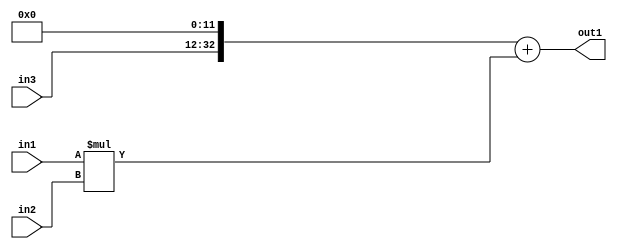
`timescale 1ps / 1ps
/*****************************************************************************
    Verilog RTL Description
    
    
    Created by: Stratus DpOpt 21.05.01 
*******************************************************************************/

module SobelFilter_Add2Mul2u24u24CatiLLu21_4 (
	in3,
	in2,
	in1,
	out1
	); /* architecture "behavioural" */ 
input [20:0] in3;
input [23:0] in2,
	in1;
output [32:0] out1;
wire [32:0] asc001,
	asc002;

assign asc002 = {in3,12'B000000000000};

wire [32:0] asc001_tmp_0;
assign asc001_tmp_0 = 
	+(asc002);
assign asc001 = asc001_tmp_0
	+(in1 * in2);

assign out1 = asc001;
endmodule

/* CADENCE  uLf2Tg8= : u9/ySxbfrwZIxEzHVQQV8Q== ** DO NOT EDIT THIS LINE ******/